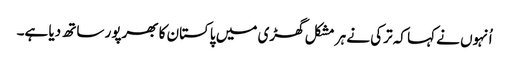
اُنہوں نے کہا کہ ترکی نے ہر مشکل گھڑی میں پاکستان کا بھرپور ساتھ دیا ہے۔